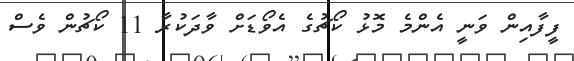
ފީފާއިން ވަނީ އެންމެ މޮޅު ކޯޗުގެ އެވޯޑަށް ވާދަކުރާ 11 ކޯޗުން ވެސް